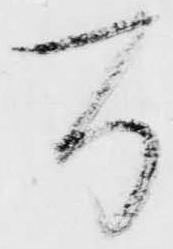
間